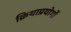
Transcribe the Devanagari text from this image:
क्रियाप्रयोगों